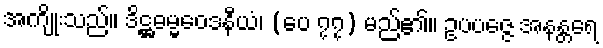
အကျိုးသည်။ ဒိဋ္ဌဓမ္မဝေဒနီယံ၊ (ပေ ၇၇) မည်၏။ ဥပပဇ္ဇေ အနန္တရေ